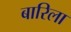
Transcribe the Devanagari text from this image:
बारिला